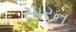
સારન